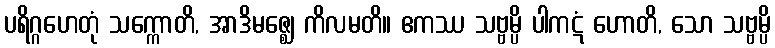
ပရိဂ္ဂဟေတုံ သက္ကောတိ, အာဒိမဇ္ဈေ ကိလမတိ။ ဧကဿ သဗ္ဗမ္ပိ ပါကဋံ ဟောတိ, သော သဗ္ဗမ္ပိ